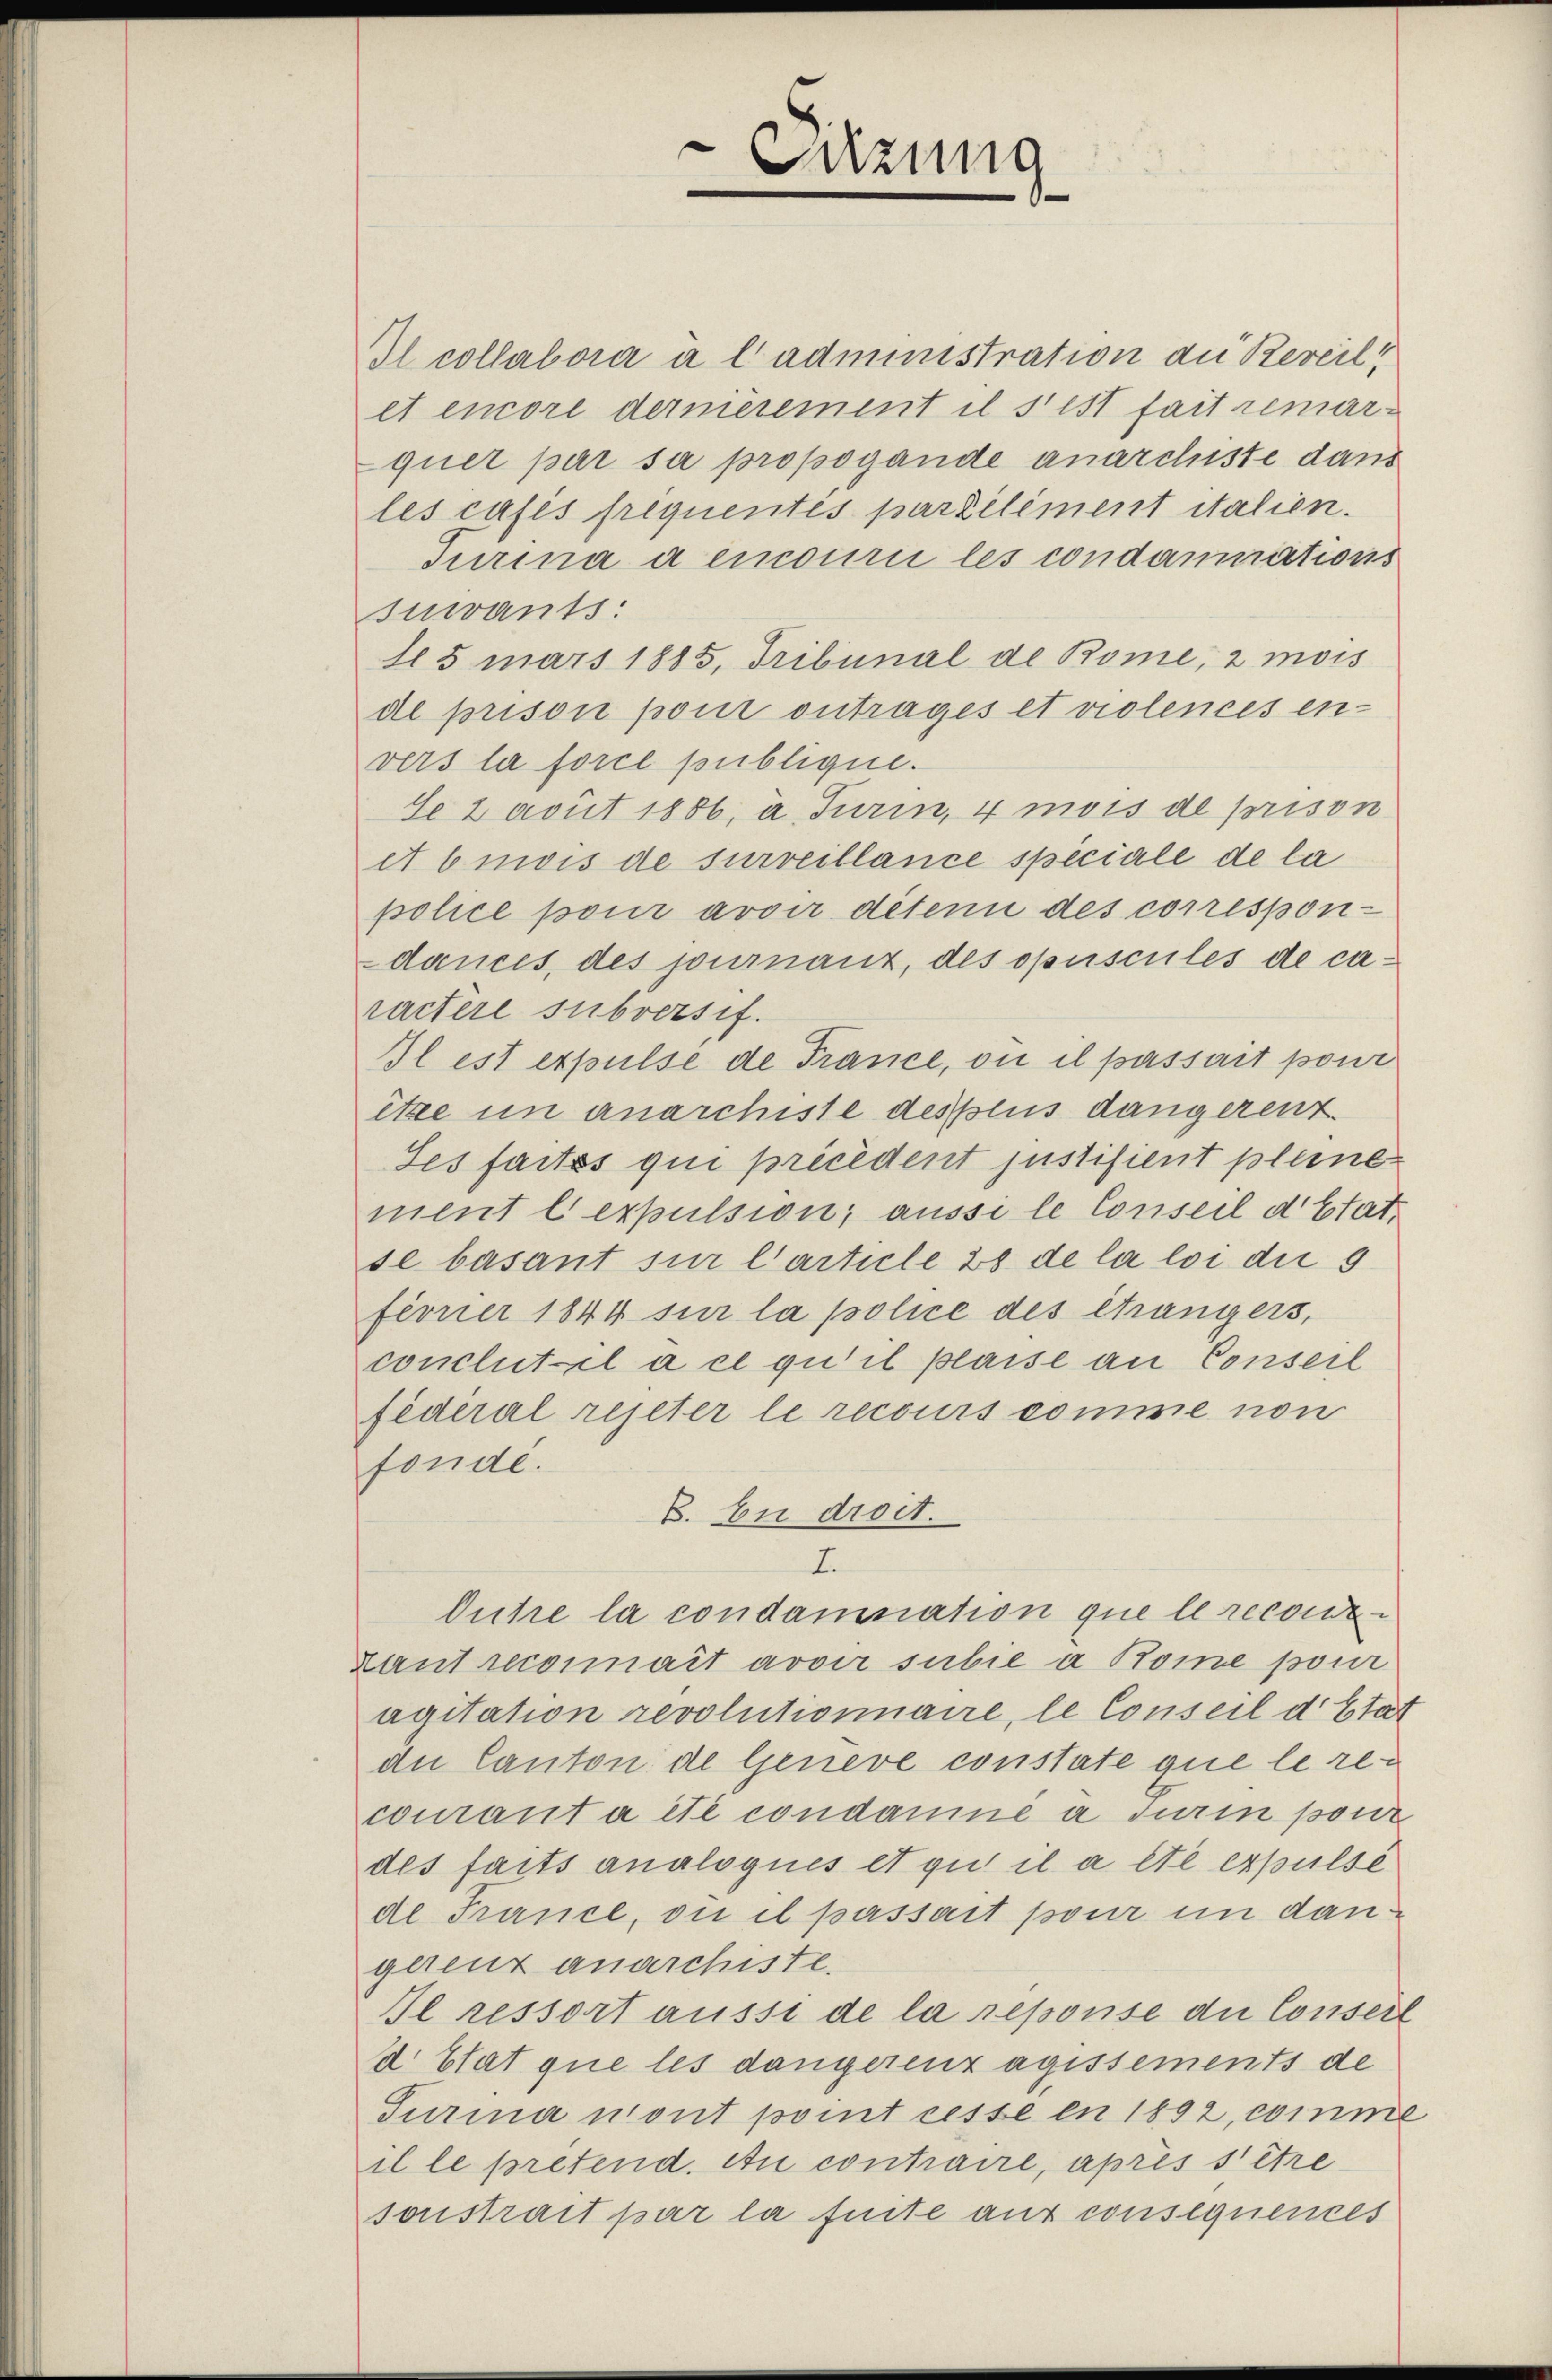
I collabora à l administration an Reveil,
et encore dermerement il s’est fait remarquer par sa propogande anarchiste dans
les casis frequentes pareiliment italien.
Turina a encouri les condammations
surants:
15 mars 1885, Tribunal de Rome, 2 mois
de prison pour ontrages et violences en-
vers la force publique.
Se Lavit 1886, a. Turin, 4 mois de prison
et b mois de surveillance speciale de la
police pour avoir déteni des correspon-
dances, des journauz, des opuscules de caractere subversif.
Il est expulse de France, ou il passait pour
itze in anarchiste des plus dangerent.
Ses faites qui précédent justifient pleine
ment lexpulsion, aussi le Conseil d’Etat,
se basant sur l’article 28 de la loi die g
ferner 1844 sur la police des Changers,
conclutel a el qu’il plaise an Conseil
fédéral rejeter le recours comme non
fonde.
C. bei droit.
I.
Dutre la condamnation que le recour¬
Laut recommait avoir subie a Rome pour
agitation revolutionnaire, le Conseil d’Etat
die Canton de Geneve constate que le recourant a été condamne a Turin pour
des faits analoqués et qui il a été expulsé
de France, ou il passart pour in dangerenz anarchiste.
Se ressort ausse de la repouse du Conserl
d Etat que les dangerenz agissements de
Turina mont point cesse en 1892, comme
il le pretend. An contraire, après s être
sonstrait par la suite auf consequences

Sizung
¬